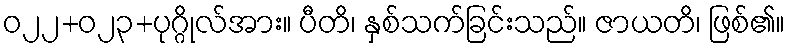
ဝ၂၂+၀၂၃+ပုဂ္ဂိုလ်အား။ ပီတိ၊ နှစ်သက်ခြင်းသည်။ ဇာယတိ၊ ဖြစ်၏။